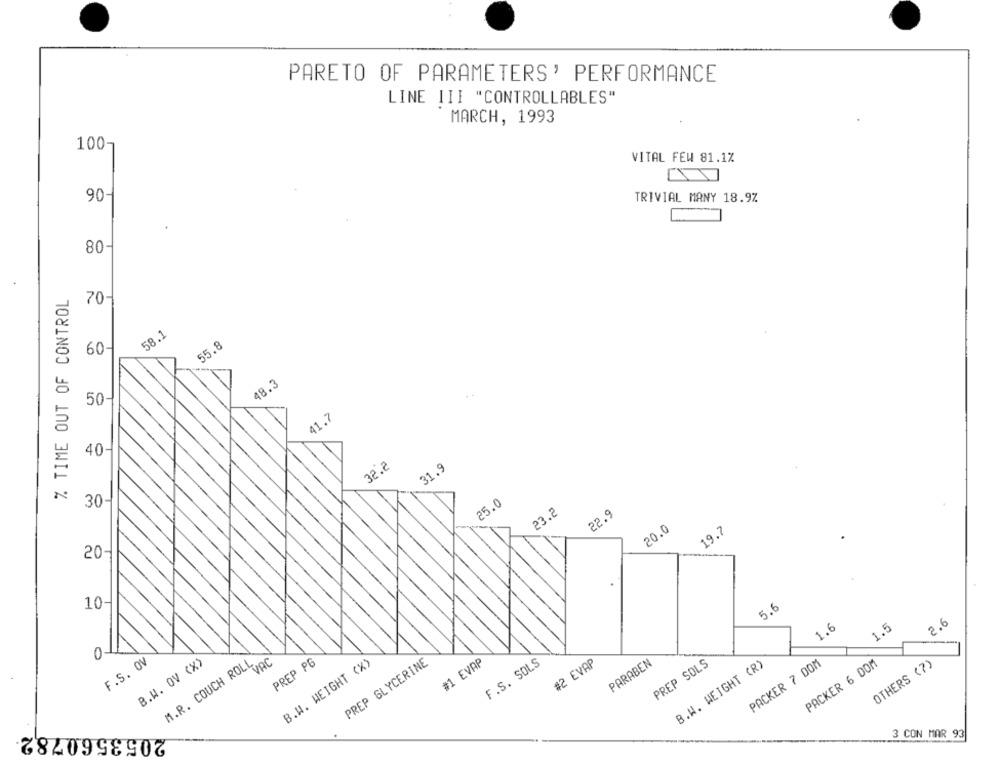
PARETO OF PARAMETERS' PERFORMANCE
LINE III "CONTROLLABLES"
MARCH, 1993
100-
VITAL FEW 81.1%
90-
TRIVIAL MANY 18.9%
80-
%. TIME OUT OF CONTROL
70-
58.1
55.8
60
48.3
50
41.7
40-
32.2
31.9
30-
25.0
23.2
22.9
20.0
19.7
20-
10-
5.6
1.6
1.5
2.6
F.S. OV
B.W. OV CX>
M.R. COUCH ROLL
VAC
PREP PG
B.W. WEIGHT (X)
PREP GLYCERINE
#1 EVAP
F.S. SOLS
#2 EVAP
PARABEN
PREP SOLS
B.W. WEIGHT (R)
PACKER 7 00M
PACKER 6 00M
OTHERS (7)
2053560782
3 CON MAR 93